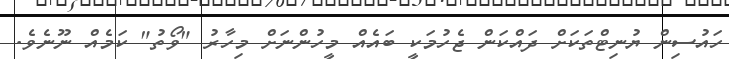
ހައުސިން ޔުނިޓްތަކަށް ދައްކަން ޖެހުމަކީ ބައެއް މީހުންނަށް މިހާރު "ވޯތު" ކަމެއް ނޫނެވެ.